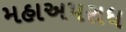
મહાઅપરાધ